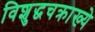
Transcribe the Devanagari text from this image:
विशुद्धचक्राख्ये